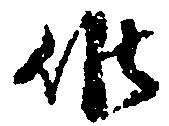
候